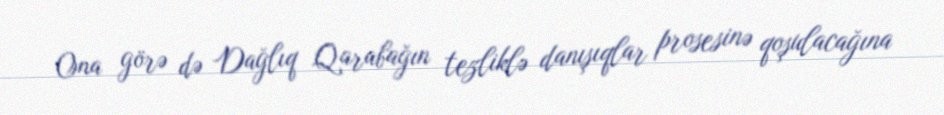
Ona görə də Dağlıq Qarabağın tezliklə danışıqlar prosesinə qoşulacağına